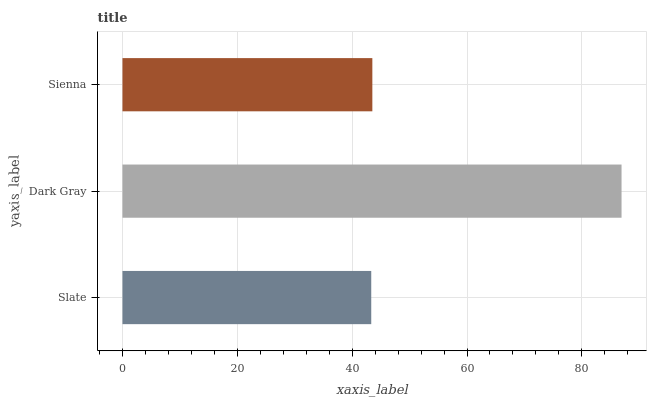
| yaxis_label | bars |
 | --- | --- |
 | Slate | 43.3 |
 | Dark Gray | 86.9 |
 | Sienna | 43.5 |